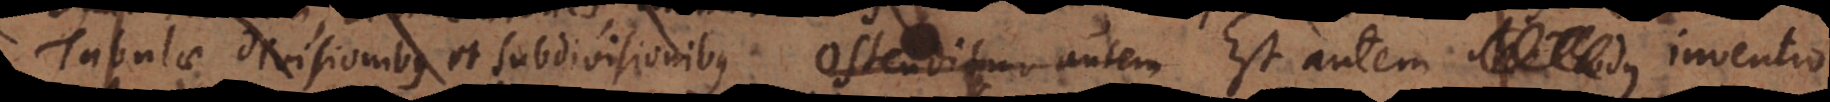
Tabulae Divisionibus et Subdivisionibus Ostenditur autem autem Methodus inventio